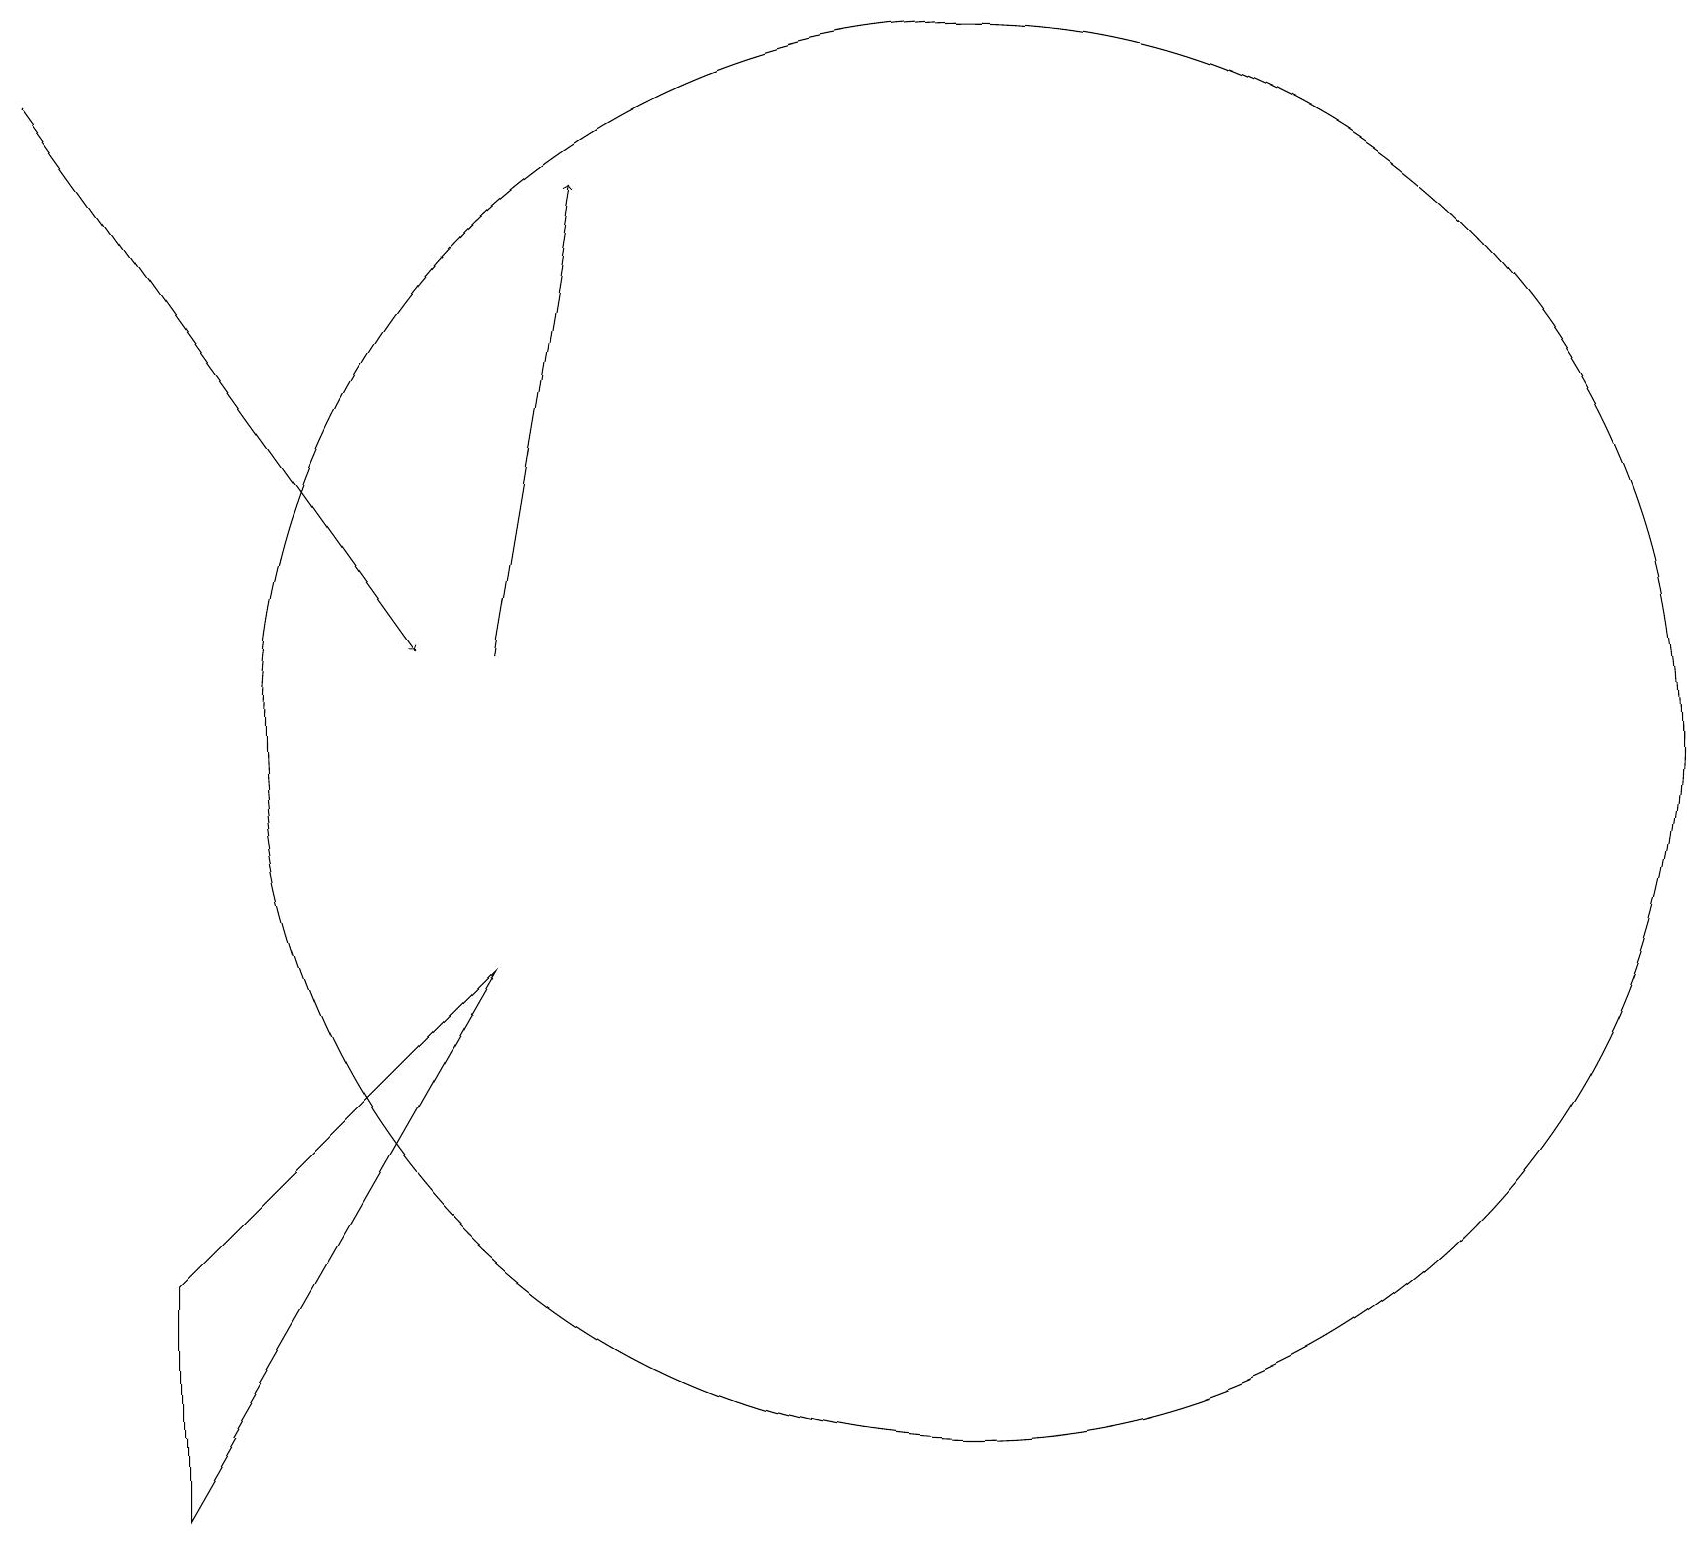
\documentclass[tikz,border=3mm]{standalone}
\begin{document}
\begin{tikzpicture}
\draw (6,7) -- (2,0) -- (2,3) -- cycle;
\draw (12,10) circle (9);
\draw[->] (6,11) -- (7,17);
\draw[->] (0,18) -- (5,11);
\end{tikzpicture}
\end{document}